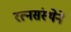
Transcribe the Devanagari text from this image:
रत्नसंस्थेने